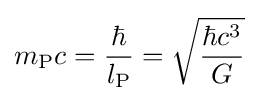
m_{\text{P}}c={\frac {\hbar }{l_{\text{P}}}}={\sqrt {\frac {\hbar c^{3}}{G}}}